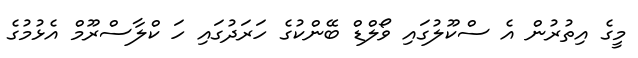
މީގެ އިތުރުން އެ ސްކޫލުގައި ވޯލްޑް ބޭންކުގެ ހަރަދުގައި ހަ ކްލާސްރޫމް އެޅުމުގެ